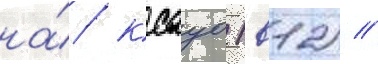
на́ ксауо 1в12) //